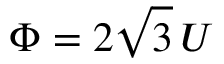
\Phi = 2 \sqrt { 3 } \, { \cal U }